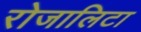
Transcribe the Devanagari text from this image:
रोजालिटा